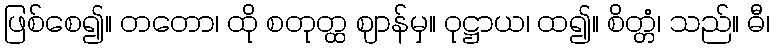
ဖြစ်စေ၍။ တတော၊ ထို စတုတ္ထ ဈာန်မှ။ ဝုဋ္ဌာယ၊ ထ၍။ စိတ္တံ၊ သည်။ ဓီ၊